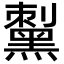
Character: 𪑟